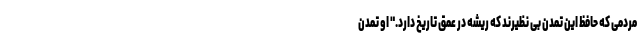
مردمی که حافظ این تمدن بی نظیرند که ریشه در عمق تاریخ دارد." او تمدن